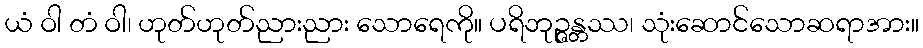
ယံ ဝါ တံ ဝါ၊ ဟုတ်ဟုတ်ညားညား သောရေကို။ ပရိဘုဉ္ဇန္တဿ၊ သုံးဆောင်သောဆရာအား။